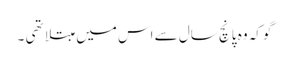
گو کہ وہ پانچ سال سے اس میں مبتلا تھی ۔